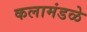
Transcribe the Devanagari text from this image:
कलामंडळे